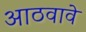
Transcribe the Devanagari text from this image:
आठवावे